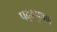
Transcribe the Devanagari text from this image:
पद्म्भुषण